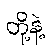
တို့နဲ့